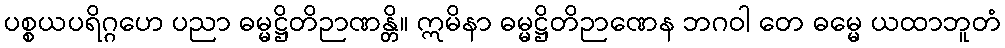
ပစ္စယပရိဂ္ဂဟေ ပညာ ဓမ္မဋ္ဌိတိဉာဏန္တိ။ ဣမိနာ ဓမ္မဋ္ဌိတိဉာဏေန ဘဂဝါ တေ ဓမ္မေ ယထာဘူတံ